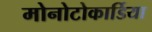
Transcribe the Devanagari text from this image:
मोनोटोकार्डिया